Vaccine operations Central Provinces 1868-1885 - 1868-1885
Year: 1868
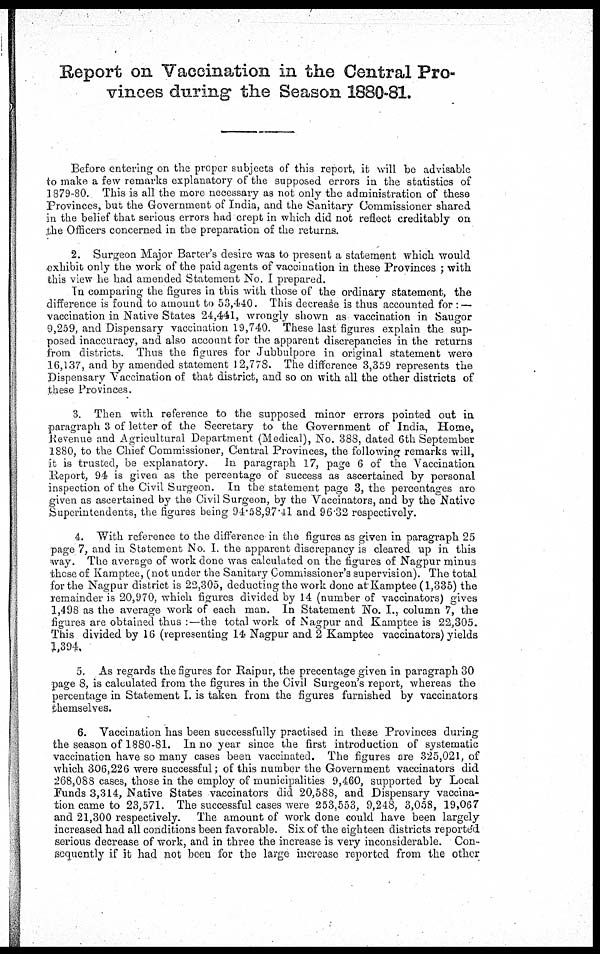
Report on Vaccination in the Central Pro-
vinces during the Season 1880-81.
Before entering on the proper subjects of this report, it will be advisable
to make a few remarks explanatory of the supposed errors in the statistics of
1879-80. This is all the more necessary as not only the administration of these
Provinces, but the Government of India, and the Sanitary Commissioner shared
in the belief that serious errors had crept in which did not reflect creditably on
,the Officers concerned in the preparation of the returns.
2. Surgeon Major Barter's desire was to present a statement which would
exhibit only the work of the paid agents of vaccination in these Provinces ; with
this view he had amended Statement No. I prepared.
In comparing the figures in this with those of the ordinary statement, the
difference is found to amount to 53,440. This decrease is thus accounted for : —
vaccination in Native States 24,441, wrongly shown as vaccination in Saugor
9,259, and Dispensary vaccination 19,740. These last figures explain the sup-
posed inaccuracy, and also account for the apparent discrepancies in the returns
from districts. Thus the figures for Jubbulpore in original statement were
16,137, and by amended statement 12,778. The difference 3,359 represents the
Dispensary Vaccination of that district, and so on with all the other districts of
these Provinces.
3. Then with reference to the supposed minor errors pointed out in
paragraph 3 of letter of the Secretary to the Government of India, Home,
Revenue and Agricultural Department (Medical), No. 388, dated 6th September
1880, to the Chief Commissioner, Central Provinces, the following remarks will,
it is trusted, be explanatory. In paragraph 17, page 6 of the Vaccination
Report, 94 is given as the percentage of success as ascertained by personal
inspection of the Civil Surgeon. In the statement page 3, the percentages are
given as ascertained by the Civil Surgeon, by the Vaccinators, and by the Native
Superintendents, the figures being 94.58,97.41 and 96.32 respectively.
4. With reference to the difference in the figures as given in paragraph 25
page 7, and in Statement No. I. the apparent discrepancy is cleared up in this
way. The average of work done was calculated on the figures of Nagpur minus
those of Kamptee, (not under the Sanitary Commissioner's supervision). The total
for the Nagpur district is 22,305, deducting the work done at Kamptee (1,335) the
remainder is 20,970, which figures divided by 14 (number of vaccinators) gives
1,498 as the average work of each man. In Statement No. I., column 7, the
figures are obtained thus :—the total work of Nagpur and Kamptee is 22,305.
This divided by 16 (representing 14 Nagpur and 2 Kamptee vaccinators) yields
1,394.
5. As regards the figures for Raipur, the precentage given in paragraph 30
page 8, is calculated from the figures in the Civil Surgeon's report, whereas the
percentage in Statement I. is taken from the figures furnished by vaccinators
themselves.
6. Vaccination has been successfully practised in these Provinces during
the season of 1880-81. In no year since the first introduction of systematic
vaccination have so many cases been vaccinated. The figures are 325,021, of
which 306,226 were successful; of this number the Government vaccinators did
268,088 cases, those in the employ of municipalities 9,460, supported by Local
Funds 3,314, Native States vaccinators did 20,588, and Dispensary vaccina-
tion came to 23,571. The successful cases were 253,553, 9,248, 3,058, 19,067
and 21,300 respectively. The amount of work done could have been largely
increased had all conditions been favorable. Six of the eighteen districts reported
serious decrease of work, and in three the increase is very inconsiderable. Con-
sequently if it had not been for the large increase reported from the other